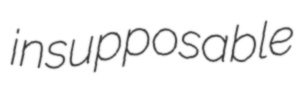
insupposable